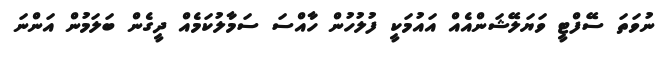
ނުވަތަ ސޭފްޓީ ވަޔަލޭޝަންއެއް އައުމަކީ ފުލުހުން ހާއްސަ ސަމާލުކަމެއް ދީގެން ބަލަމުން އަންނަ